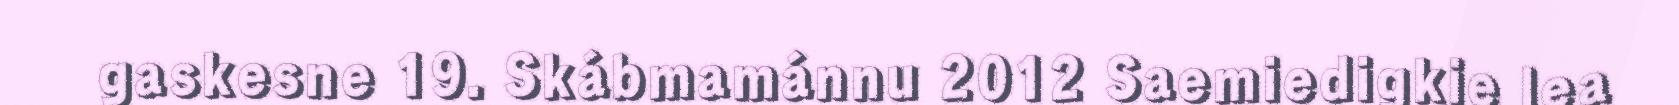
gaskesne 19. Skábmamánnu 2012 Saemiedigkie lea